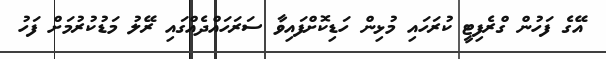
އޭގެ ފަހުން ގްރެފިޓީ ކުރަހައި މުޅިން ހަޑިކޮށްފައިވާ ސަރަހައްދެއްގައި ރޭލު މަޑުކުރުމަށް ފަހު